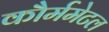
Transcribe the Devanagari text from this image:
कौर्ममेटल